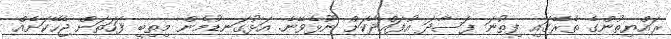
ރައްޔިތުންގެ ތެރޭގައި ފިތުނަ ފަސާދަ އުފައްދާކަށް ނޫޅެވޭނެ. އަޅުގަނޑުމެން މިތިބީ ފަހަތަށް ޖެހޭކަށެއް